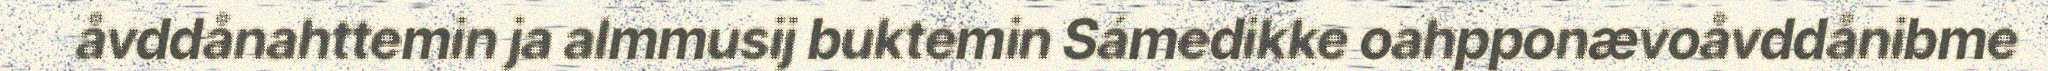
åvddånahttemin ja almmusij buktemin Sámedikke oahpponævoåvddånibme